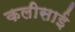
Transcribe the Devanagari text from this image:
कलीसाई